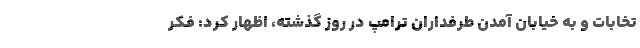
تخابات و به خیابان آمدن طرفداران ترامپ در روز گذشته، اظهار کرد: فکر